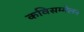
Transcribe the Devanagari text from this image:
कविसम्मेलन